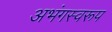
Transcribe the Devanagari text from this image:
अभंगस्वरूप